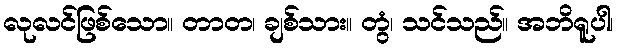
လုလင်ဖြစ်သော။ တာတ၊ ချစ်သား။ တွံ၊ သင်သည်။ အဘိရူပါ၊